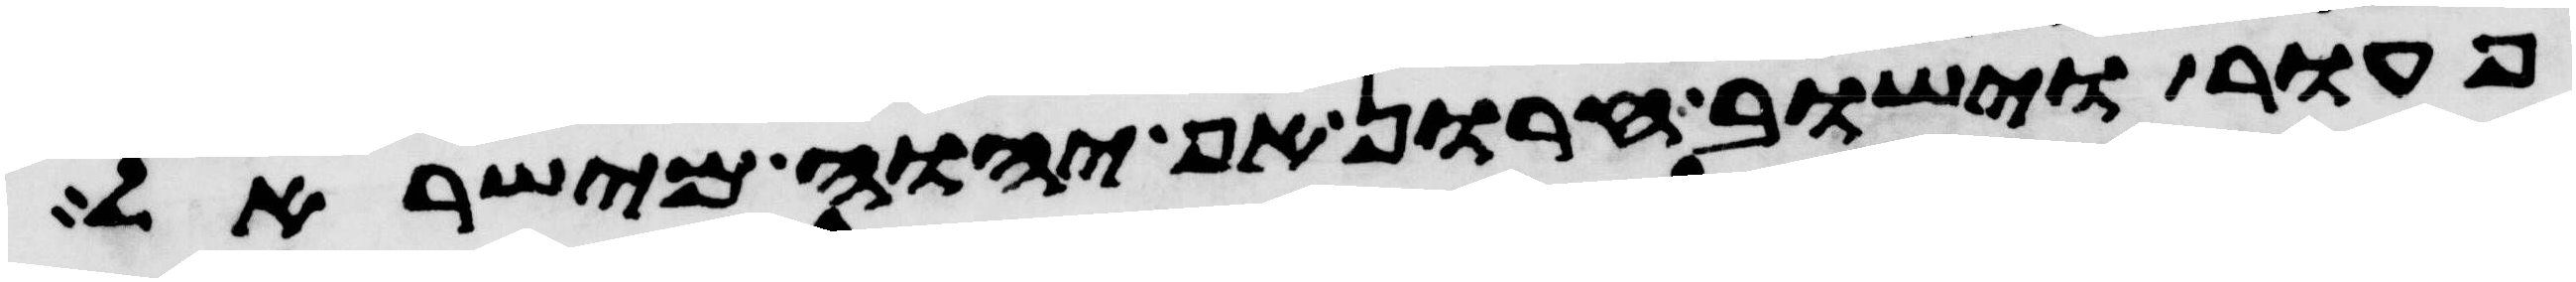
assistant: פעור וישוב חרון אף יהוה מישראל